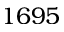
1 6 9 5